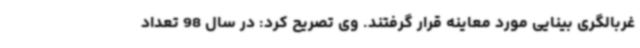
غربالگری بینایی مورد معاینه قرار گرفتند. وی تصریح کرد: در سال 98 تعداد